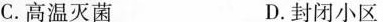
C.高温灭菌 D.封闭小区